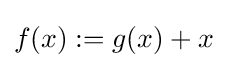
f(x):=g(x)+x